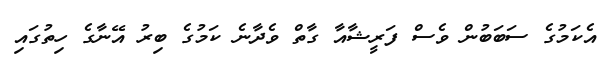
އެކަމުގެ ސަބަބުން ވެސް ފަރީޝާއާ ގާތް ވެދާނެ ކަމުގެ ބިރު އޭނާގެ ހިތުގައި